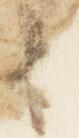
候